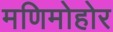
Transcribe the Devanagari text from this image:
मणिमोहोर